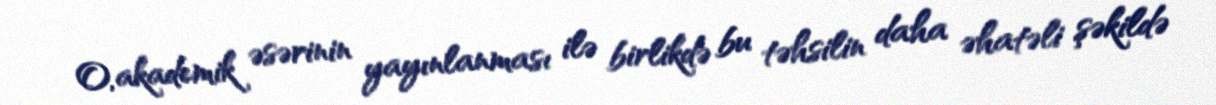
O, akademik əsərinin yayınlanması ilə birlikdə bu təhsilin daha əhatəli şəkildə